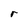
Character: r